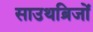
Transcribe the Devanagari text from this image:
साउथब्रिजों